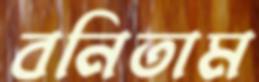
বনিতাম